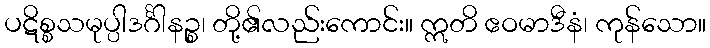
ပဋိစ္စသမုပ္ပါဒင်္ဂါနဉ္စ၊ တို့၏လည်းကောင်း။ ဣတိ ဧဝမာဒီနံ၊ ကုန်သော။